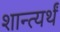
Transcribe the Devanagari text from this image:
शान्त्यर्थं